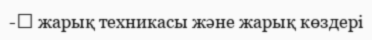
-	 жарық техникасы және жарық көздері